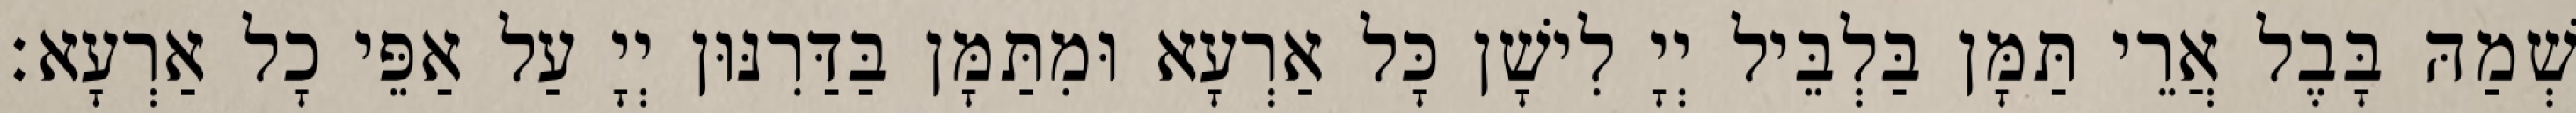
שְׁמַהּ בָּבֶל אֲרֵי תַּמָּן בַּלְבֵּיל יְיָ לִישָׁן כָּל אַרְעָא וּמִתַּמָּן בַּדַּרִנּוּן יְיָ עַל אַפֵּי כָל אַרְעָא׃